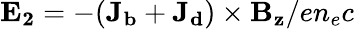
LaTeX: \mathbf{E_{2}}=-(\mathbf{J_{b}}+\mathbf{J_{d}})\times\mathbf{B_{z}}/en_{e}c